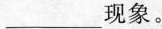
___现象。